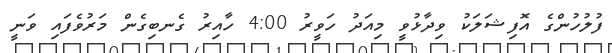
ފުލުހުންގެ އޮފިޝަލަކު ވިދާޅުވީ މިއަދު ހަވީރު 4:00 ހާއިރު ގެނބިގެން މަރުވެފައި ވަނީ